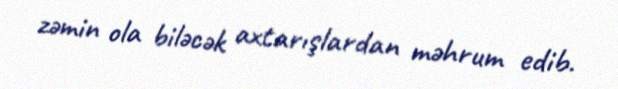
zəmin ola biləcək axtarışlardan məhrum edib.